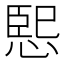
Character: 𭝨